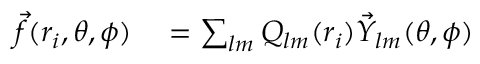
\begin{array} { r l } { \vec { f } ( r _ { i } , \theta , \phi ) } & { { } = \sum _ { l m } Q _ { l m } ( r _ { i } ) \vec { Y } _ { l m } ( \theta , \phi ) } \end{array}